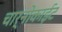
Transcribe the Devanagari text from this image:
चार्नोकाईट